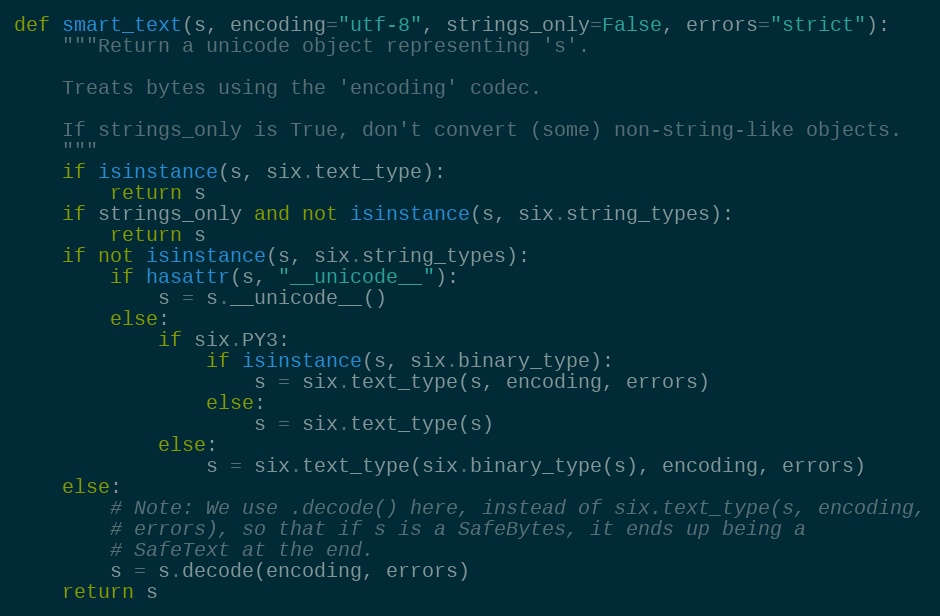
Language: Python
def smart_text(s, encoding="utf-8", strings_only=False, errors="strict"):
    """Return a unicode object representing 's'.

    Treats bytes using the 'encoding' codec.

    If strings_only is True, don't convert (some) non-string-like objects.
    """
    if isinstance(s, six.text_type):
        return s
    if strings_only and not isinstance(s, six.string_types):
        return s
    if not isinstance(s, six.string_types):
        if hasattr(s, "__unicode__"):
            s = s.__unicode__()
        else:
            if six.PY3:
                if isinstance(s, six.binary_type):
                    s = six.text_type(s, encoding, errors)
                else:
                    s = six.text_type(s)
            else:
                s = six.text_type(six.binary_type(s), encoding, errors)
    else:
        # Note: We use .decode() here, instead of six.text_type(s, encoding,
        # errors), so that if s is a SafeBytes, it ends up being a
        # SafeText at the end.
        s = s.decode(encoding, errors)
    return s